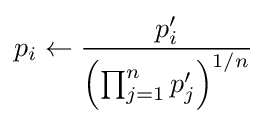
p_{i}\leftarrow {\frac {p'_{i}}{\left(\prod _{j=1}^{n}p'_{j}\right)^{1/n}}}